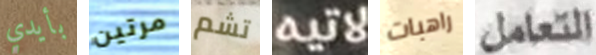
بأيدي مرتين تشم لاتيه راهبات التعامل